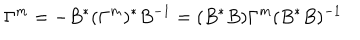
\Gamma ^ { m } = - B ^ { * } ( \Gamma ^ { m } ) ^ { * } B ^ { - 1 } = ( B ^ { * } B ) \Gamma ^ { m } ( B ^ { * } B ) ^ { - 1 }